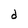
Character: d